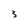
Character: 3